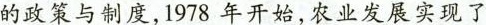
的政策与制度，1978年开始，农业发展实现了